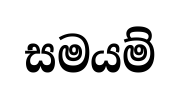
සමයම්